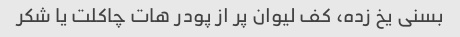
بسنی یخ زده، کف لیوان پر از پودر هات چاکلت یا شکر